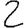
Digit: 2